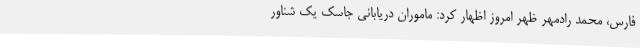
فارس، محمد رادمهر ظهر امروز اظهار کرد: ماموران دریابانی جاسک یک شناور